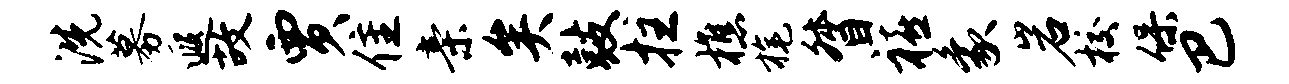
洗募遐故贾隹亲矣鼓拄樵旄督禧象岩校保巴